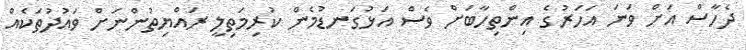
ދެހާސް އަށް ވަނަ އަހަރުގެ އިންތިހާބަށް ވެސް އަޅުގަނޑުމެން ކުރިމަތިލީ ރައްޔިތުންނަށް ވައުދުތަކެއް